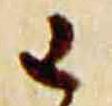
已